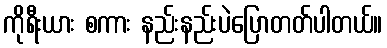
ကိုရီးယား စကား နည်းနည်းပဲပြောတတ်ပါတယ်။